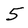
Character: 5